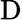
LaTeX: \mathrm{D}